DOW-UAP-D10, Mission Report, Middle East, May 2022
Agency: Department of War
Incident date: 5/6/22
Incident location: Iraq
Page 6
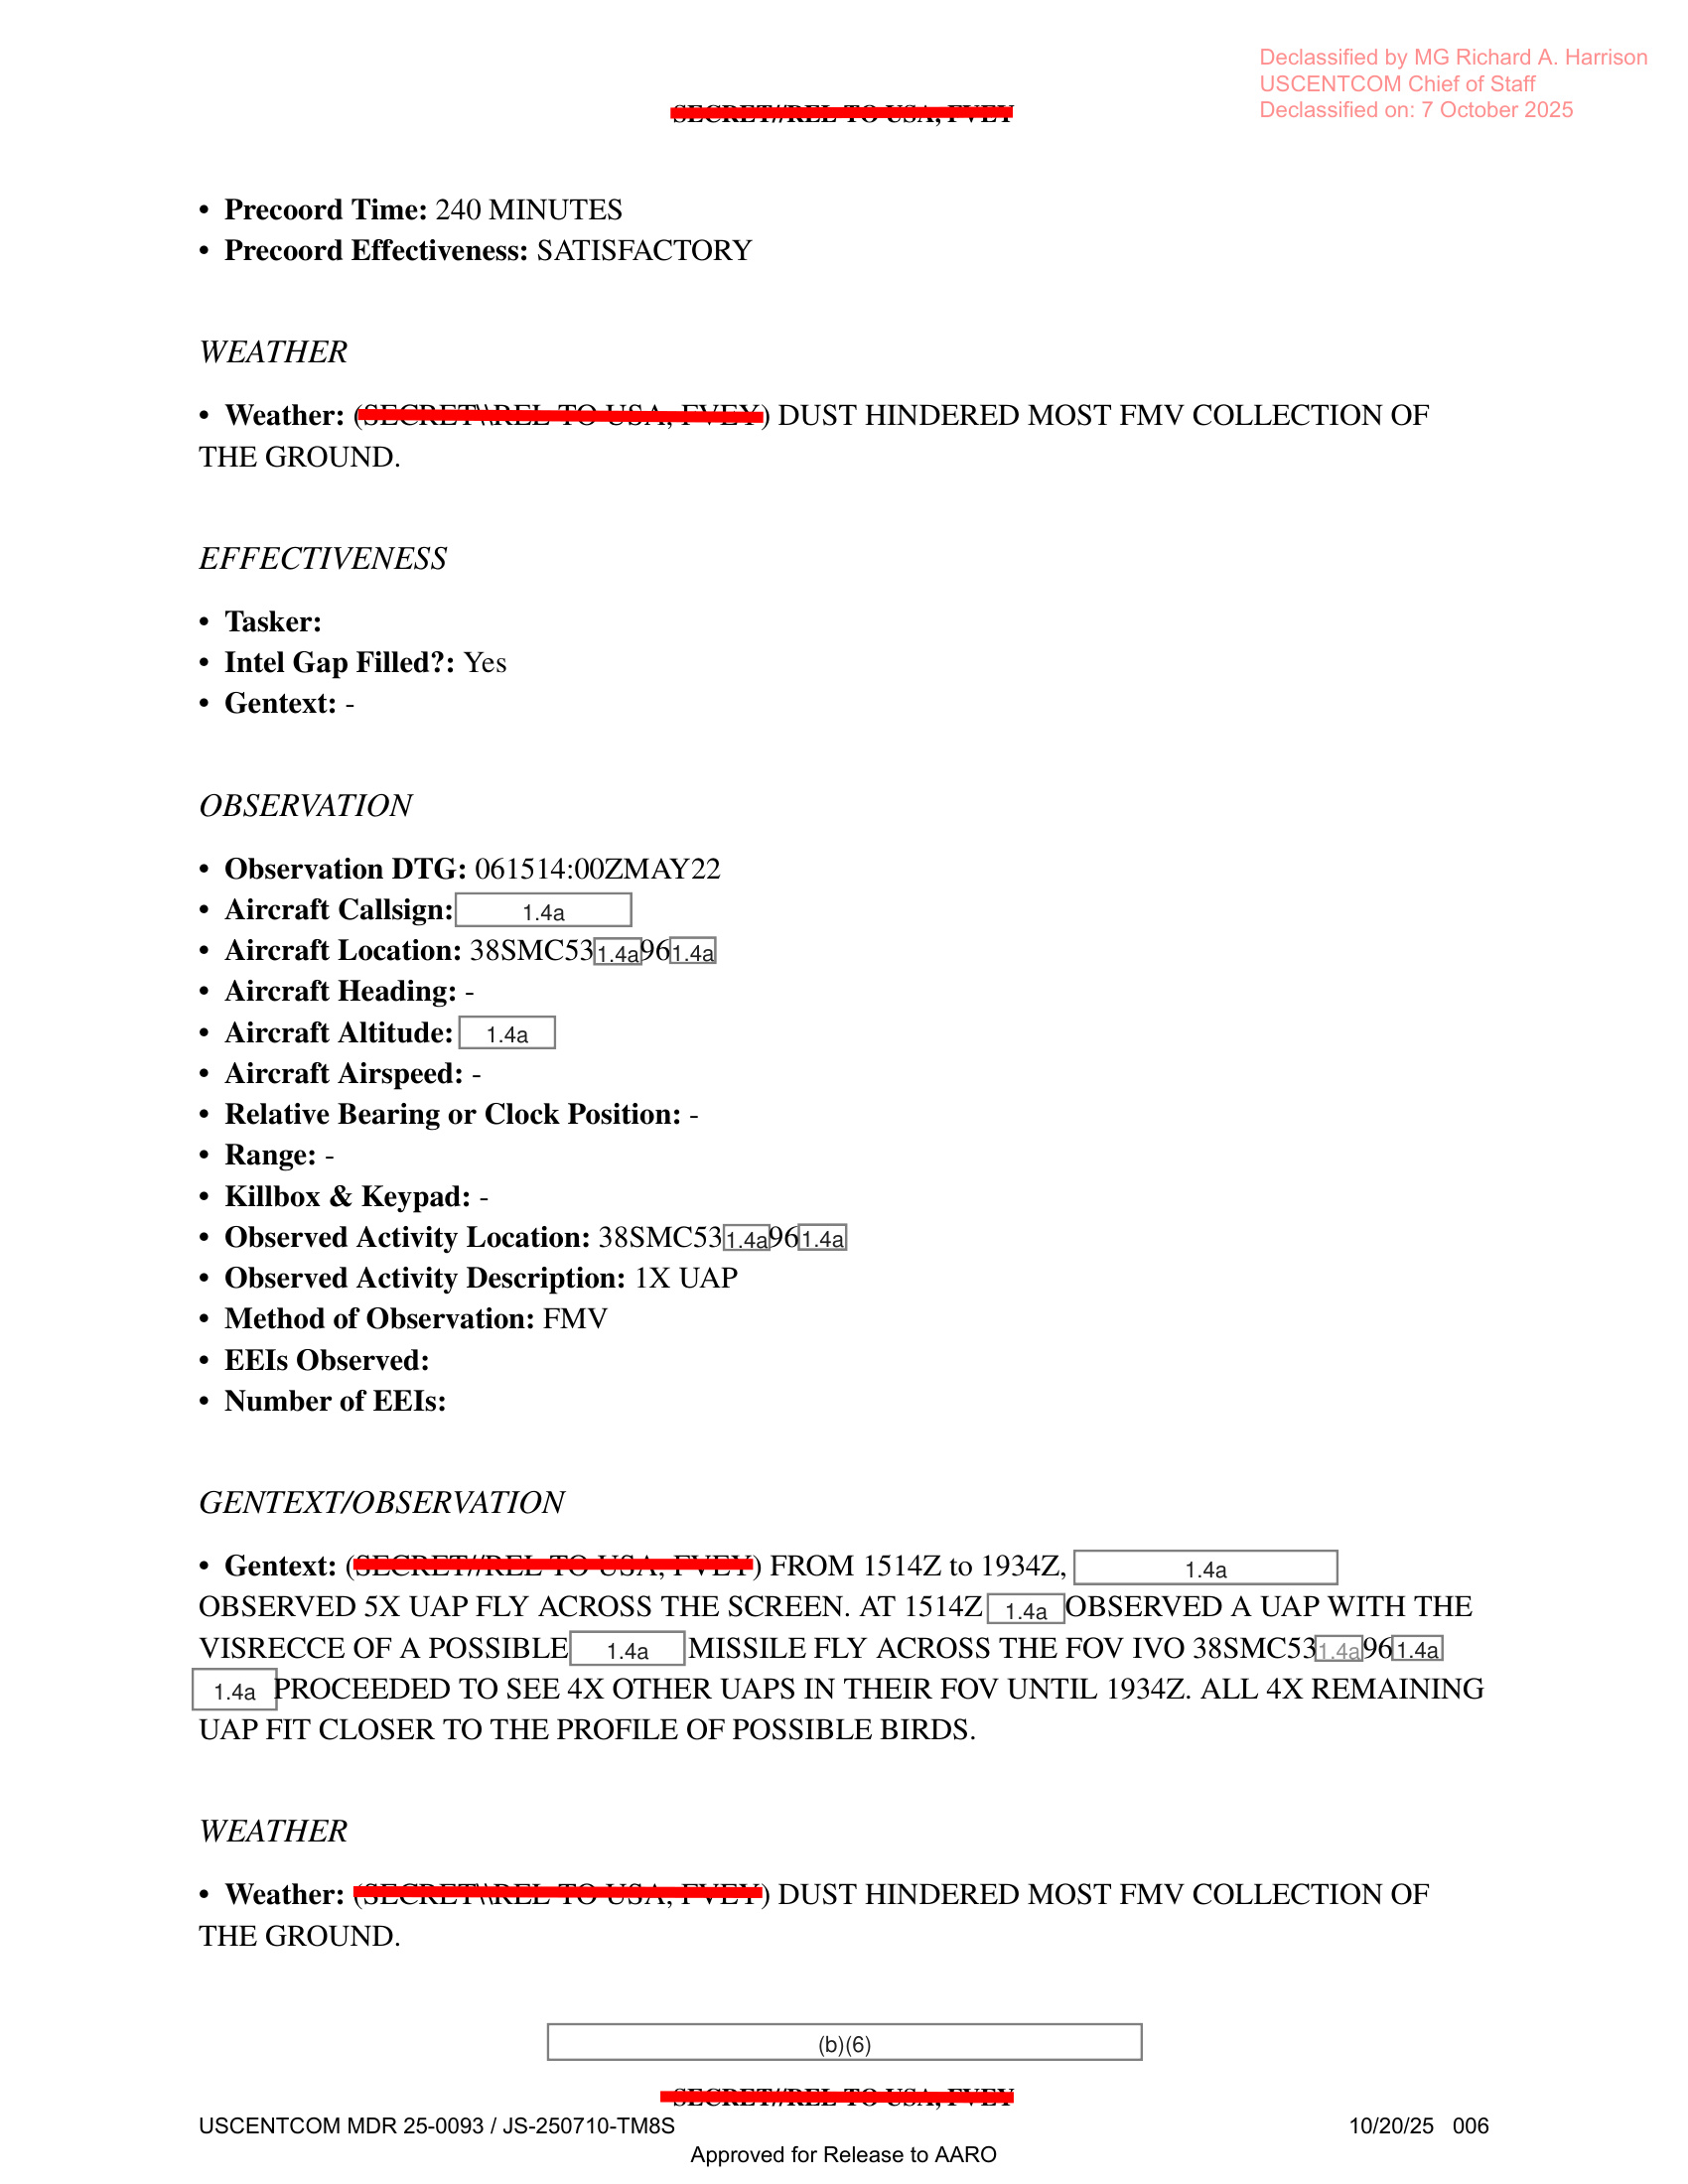